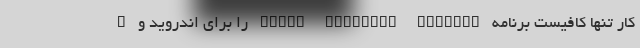
کار تنها کافیست برنامه Photo Negative Scanner را برای اندروید و F